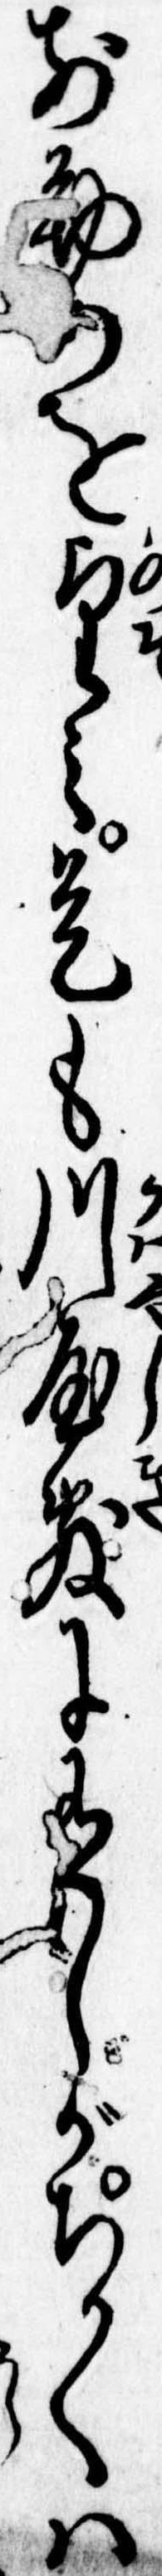
前勤を望み是も川屋敷に有しがちかくは